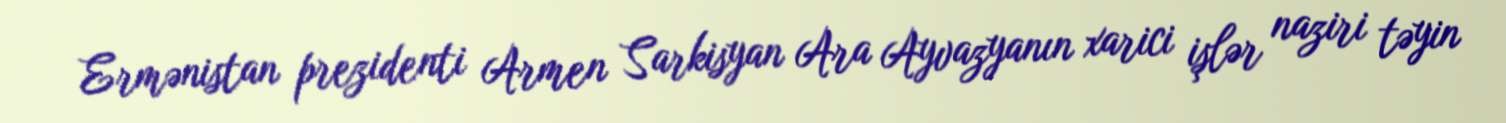
Ermənistan prezidenti Armen Sarkisyan Ara Ayvazyanın xarici işlər naziri təyin